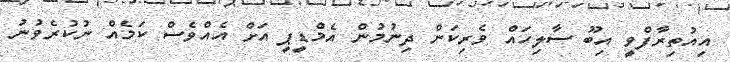
އިއުތިރާފްވީ އިބޫ ސާލިހައް ވެރިކަން ދިނުމުން އެމްޑީޕީ އަށް އެއްވެސް ކަމެއް ނުކުރެވުނު